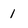
Character: 1